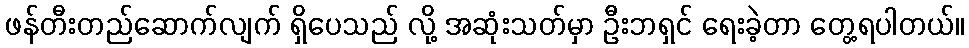
ဖန်တီးတည်ဆောက်လျက် ရှိပေသည် လို့ အဆုံးသတ်မှာ ဦးဘရှင် ရေးခဲ့တာ တွေ့ရပါတယ်။